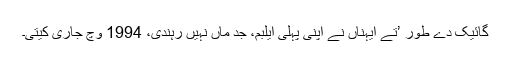
گائیک دے طور ’تے ایہناں نے اپنی پہلی ایلبم، جد ماں نہیں رہندی، 1994 وچّ جاری کیتی۔